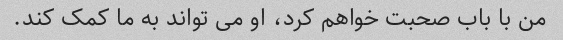
من با باب صحبت خواهم کرد، او می تواند به ما کمک کند.